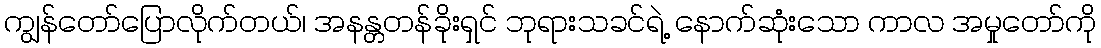
ကျွန်တော်ပြောလိုက်တယ်၊ အနန္တတန်ခိုးရှင် ဘုရားသခင်ရဲ့ နောက်ဆုံးသော ကာလ အမှုတော်ကို